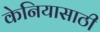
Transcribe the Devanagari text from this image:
केनियासाठी